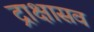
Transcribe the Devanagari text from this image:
द्राक्षासव